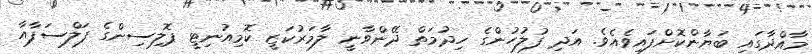
މާއްދާގައި ބަޔާންކޮށްފައިވެއެވެ. އަދި ފުލުހުންގެ ހިދުމަތް ދޭންވާނީ ލާމަރުކަޒީ ކޮމިއުނިޓީ ޕޮލިސިންގެ ފަލްސަފާއާ